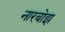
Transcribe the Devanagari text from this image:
नारबोझ